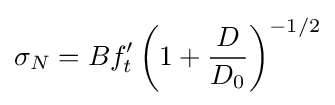
\sigma _{N}=Bf'_{t}\left(1+{\frac {D}{D_{0}}}\right)^{-1/2}